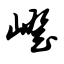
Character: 嶝